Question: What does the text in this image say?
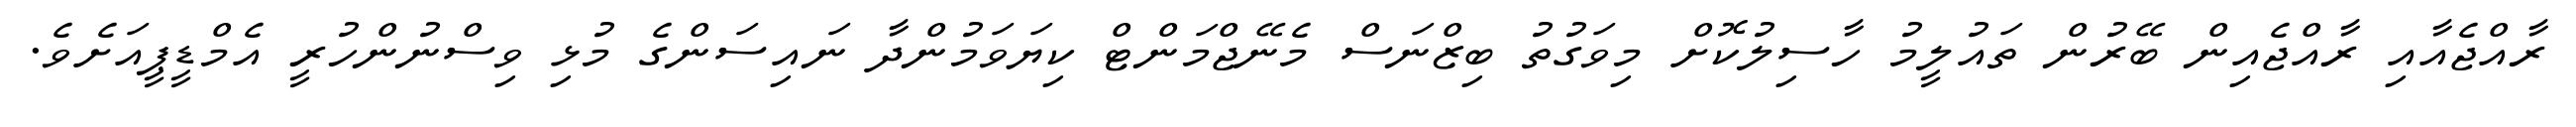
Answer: ރާއްޖެއާއި ރާއްޖެއިން ބޭރުން ތައުލީމު ހާސިލުކޮށް މިވަގުތު ބިޒްނަސް މެނޭޖްމަންޓް ކިޔަވަމުންދާ ނައިސަންގެ މުޅި ވިސްނުންހުރީ އެމްޑީޕީއަށެވެ.